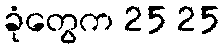
ခုံတွေက 25 25